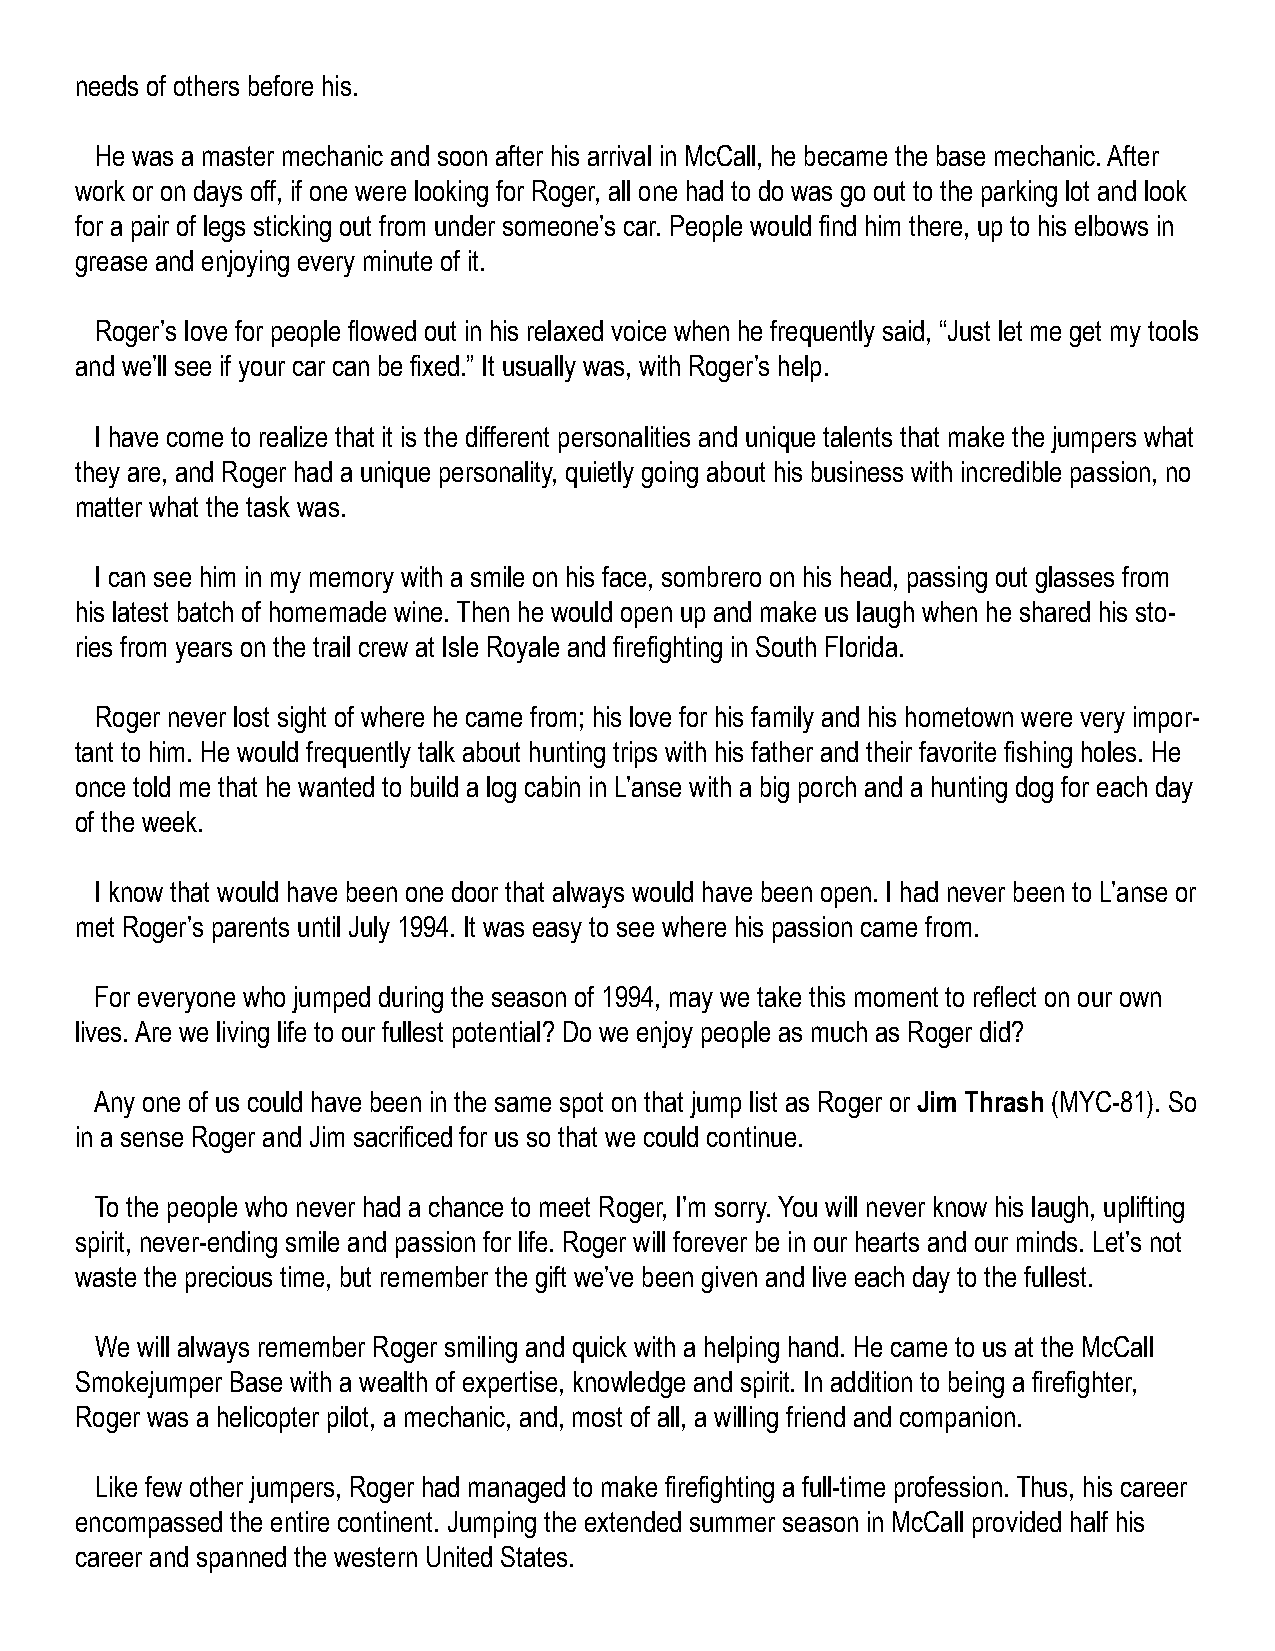
needs of others before his.
 He was a master mechanic and soon after his arrival in McCall, he became the base mechanic. After
 work or on days off, if one were looking for Roger, all one had to do was go out to the parking lot and look
 for a pair of legs sticking out from under someone’s car. People would find him there, up to his elbows in
 grease and enjoying every minute of it.
 Roger’s love for people flowed out in his relaxed voice when he frequently said, “Just let me get my tools
 and we’ll see if your car can be fixed.” It usually was, with Roger’s help.
 I have come to realize that it is the different personalities and unique talents that make the jumpers what
 they are, and Roger had a unique personality, quietly going about his business with incredible passion, no
 matter what the task was.
 I can see him in my memory with a smile on his face, sombrero on his head, passing out glasses from
 his latest batch of homemade wine. Then he would open up and make us laugh when he shared his sto-
 ries from years on the trail crew at Isle Royale and firefighting in South Florida.
 Roger never lost sight of where he came from; his love for his family and his hometown were very impor-
 tant to him. He would frequently talk about hunting trips with his father and their favorite fishing holes. He
 once told me that he wanted to build a log cabin in L’anse with a big porch and a hunting dog for each day
 of the week.
 I know that would have been one door that always would have been open. I had never been to L’anse or
 met Roger’s parents until July 1994. It was easy to see where his passion came from.
 For everyone who jumped during the season of 1994, may we take this moment to reflect on our own
 lives. Are we living life to our fullest potential? Do we enjoy people as much as Roger did?
 Any one of us could have been in the same spot on that jump list as Roger or Jim Thrash (MYC-81). So
 in a sense Roger and Jim sacrificed for us so that we could continue.
 To the people who never had a chance to meet Roger, I’m sorry. You will never know his laugh, uplifting
 spirit, never-ending smile and passion for life. Roger will forever be in our hearts and our minds. Let’s not
 waste the precious time, but remember the gift we’ve been given and live each day to the fullest.
 We will always remember Roger smiling and quick with a helping hand. He came to us at the McCall
 Smokejumper Base with a wealth of expertise, knowledge and spirit. In addition to being a firefighter,
 Roger was a helicopter pilot, a mechanic, and, most of all, a willing friend and companion.
 Like few other jumpers, Roger had managed to make firefighting a full-time profession. Thus, his career
 encompassed the entire continent. Jumping the extended summer season in McCall provided half his
 career and spanned the western United States.